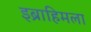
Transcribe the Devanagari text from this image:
इब्राहिमला